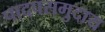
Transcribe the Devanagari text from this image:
पादपसमुदाय